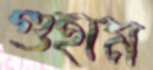
গুহাম